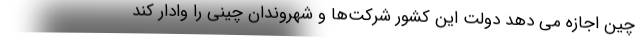
چین اجازه می دهد دولت این کشور شرکت‌ها و شهروندان چینی را وادار کند